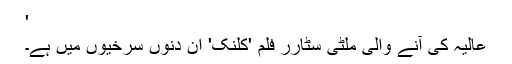
'
عالیہ کی آنے والی ملٹی سٹارر فلم 'کلنک' ان دنوں سرخیوں میں ہے۔